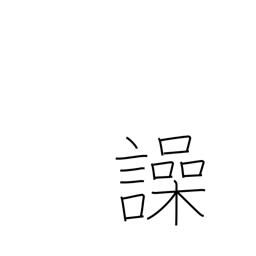
Meaning: shout